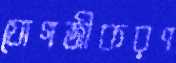
যোগজীকরণ